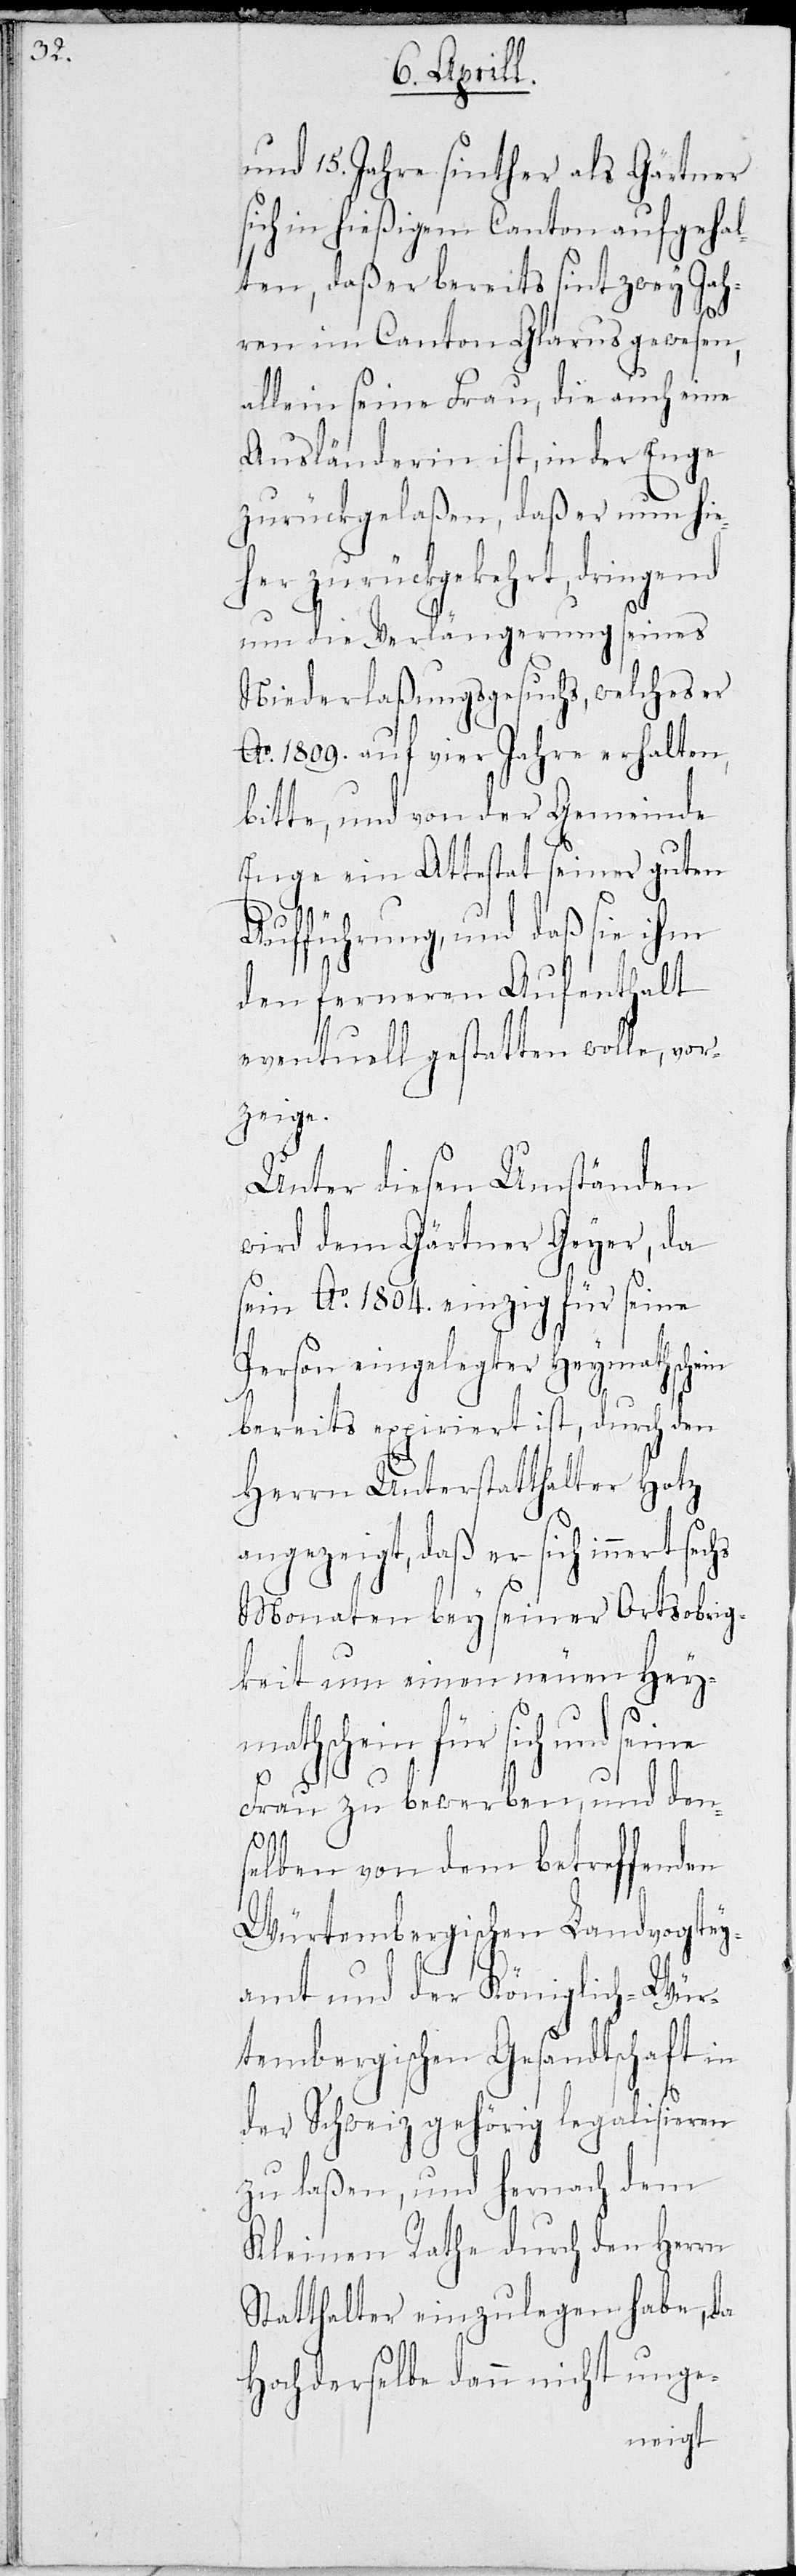
und 15 Jahre seither als Gärtner
sich in hießigem Canton aufgehal¬
ten, daß er bereits seit zwey Jah¬
ren im Canton Glarus gewesen,
allein seine Frau, die auch eine
Ausländerin ist, in der Enge
zurückgelaßen, daß er nun hie¬
her zurückgekehrt, dringe¬
um die Verlängerung seines
Niederlaßungsgesuchs, welches er
Ao. 1809. auf vier Jahre erhalten,
bitte, und von der Gemeinde
Enge ein Attestat seiner guten
Aufführung, und daß sie ihm
den ferneren Aufenthalt
eventuell gestatten wolle, vor¬
zeige.
Unter diesen Umständen
wird dem Gärtner Geyer, da
sein Ao. 1804 einzig für seine
Person eingelegter Heymathschein
bereits expiriert ist, durch den
Herrn Unterstatthalter Hotz
angezeigt, daß er sich innert
Monaten bey seiner Ortsobrig¬
keit um einen neuen Hey¬
mathschein für sich und
nd
Frau zu bewerben, und den¬
selben von dem betreffenden
Würtembergischen Landvogtey¬
amt und der Königlich-Wür¬
tembergischen Gesandtschaft in
der Schweiz gehörig legalisieren
zu laßen, und hernach dem
Kleinen Rathe durch den Herrn
Statthalter einzulegen habe, da
Hochderselbe dann nicht unge-